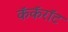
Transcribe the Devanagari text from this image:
कॅकॅरॉट